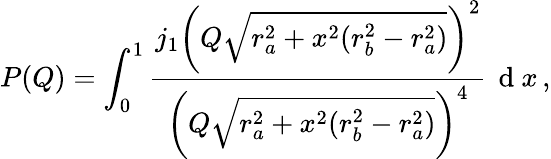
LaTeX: P(Q)=\int_{0}^{1}\frac{j_{1}\left(Q\sqrt{r_{a}^{2}+x^{2}(r_{b}^{2}-r_{a}^{2})}\right)^{2}}{\left(Q\sqrt{r_{a}^{2}+x^{2}(r_{b}^{2}-r_{a}^{2})}\right)^{4}}\, \mathrm{~d~}x\, ,